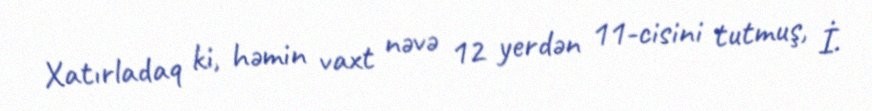
Xatırladaq ki, həmin vaxt nəvə 12 yerdən 11-cisini tutmuş, İ.